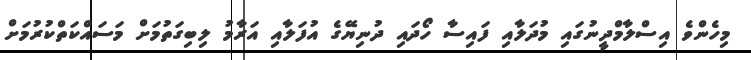
މިހެންވެ އިސްލާމްދީނުގައި މުދަލާއި ފައިސާ ހޯދައި ދުނިޔޭގެ އުފަލާއި އަރާމު ލިބިގަތުމަށް މަސައްކަތްކުރުމަށް